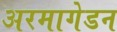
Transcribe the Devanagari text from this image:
अरमागेडन